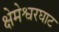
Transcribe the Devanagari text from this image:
क्षेमेश्वरघाट